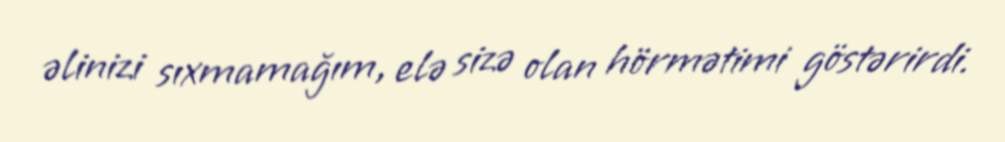
əlinizi sıxmamağım, elə sizə olan hörmətimi göstərirdi.